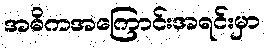
အဓိကအကြောင်းအရင်းမှာ